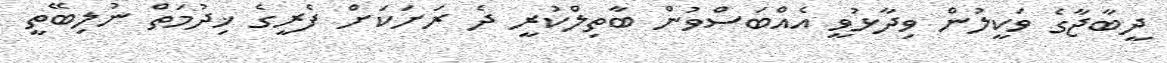
ދީބާޖާގެ ވަކީލުން ވިދާޅުވީ އެއްބަސްވުން ބާތިލްކުރީ ދެ ރަށަކަށް ފެރީގެ ޚިދުމަތް ނުލިބޭތީ